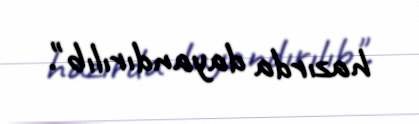
hazırda dayandırılıb".